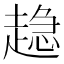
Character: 𧼾